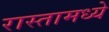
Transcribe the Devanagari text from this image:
रास्तामध्ये